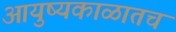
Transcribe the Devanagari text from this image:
आयुष्यकाळातच